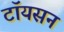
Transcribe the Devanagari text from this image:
टॉयसन